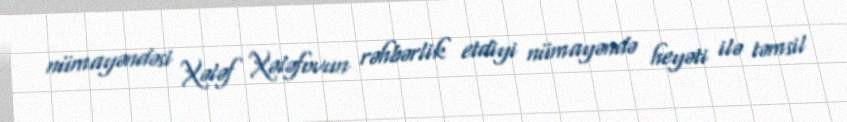
nümayəndəsi Xələf Xələfovun rəhbərlik etdiyi nümayəndə heyəti ilə təmsil